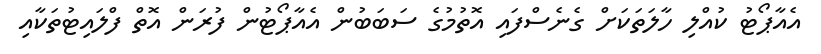
އެއާޕޯޓު ކުއްލި ހާލަތަކަށް ގެނެސްފައި އޮތުމުގެ ސަބަބުން އެއާޕޯޓުން ފުރަން އޮތް ފްލައިޓުތަކާއި